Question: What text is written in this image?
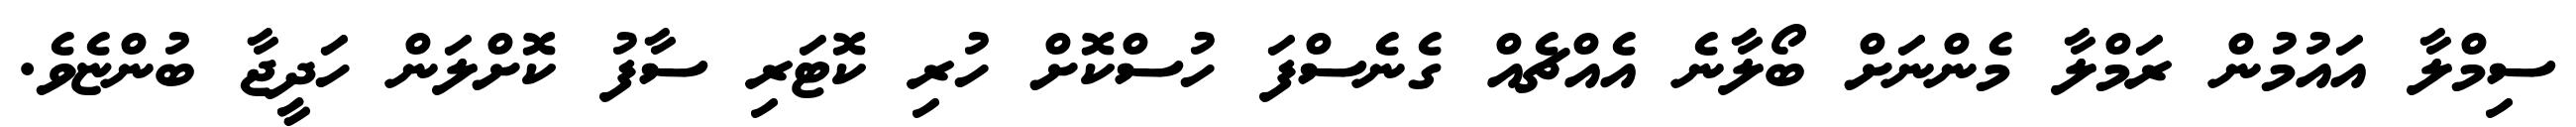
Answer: ސިމްލާ އައުމުން ރަމްލާ މެންނަށް ބޯލާނެ އެއްޗެއް ގެނެސްފަ ހުސްކޮށް ހުރި ކޮޓަރި ސާފު ކޮށްލަން ހަދީޖާ ބުންޏެވެ.